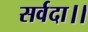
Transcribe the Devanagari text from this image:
सर्वदा।।